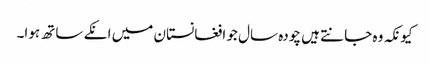
کیونکہ وہ جانتے ہیں چودہ سال جو افغانستان میں انکے ساتھ ہوا۔